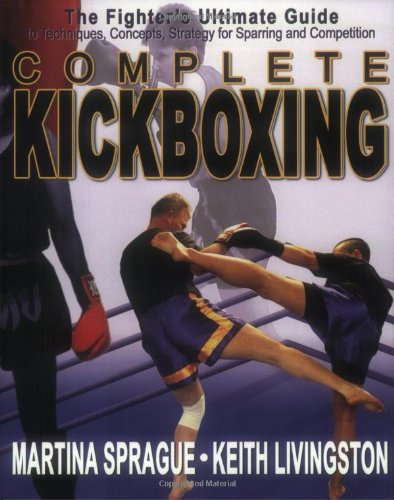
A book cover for Complete Kickboxing: The Fighter's Ultimate Guide to Techniques, Concepts, and Strategy for Sparring and Competition; Martina Sprague; Sports & Outdoors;